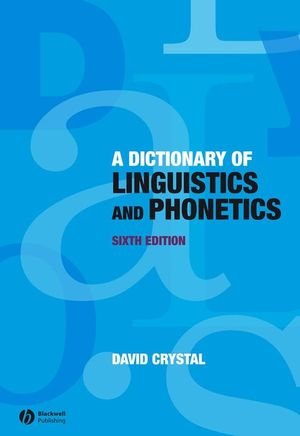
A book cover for A Dictionary of Linguistics and Phonetics (The Language Library); Reference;